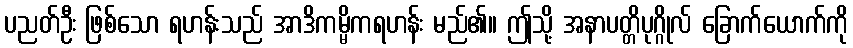
ပညတ်ဦး ဖြစ်သော ရဟန်းသည် အာဒိကမ္မိကရဟန်း မည်၏။ ဤသို့ အနာပတ္တိပုဂ္ဂိုလ် ခြောက်ယောက်ကို